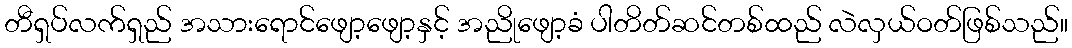
တီရှပ်လက်ရှည် အသားရောင်ဖျော့ဖျော့နှင့် အညိုဖျော့ခံ ပါတိတ်ဆင်တစ်ထည် လဲလှယ်ဝတ်ဖြစ်သည်။